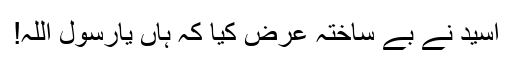
اُسید نے بے ساختہ عرض کیا کہ ہاں یارسولؐ اللہ!